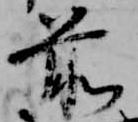
前